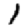
Digit: 1